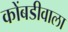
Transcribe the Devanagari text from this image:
कोंबडीवाला